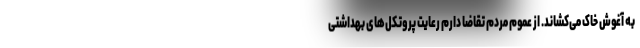
به آغوش خاک می‌کشاند. از عموم مردم تقاضا دارم رعایت پروتکل‌های بهداشتی